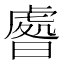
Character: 𣊑